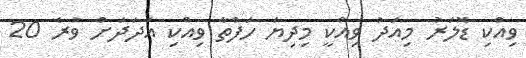
ވިއްކި ޑޮލަރު މިއަދު ވިއްކީ މިދިޔަ ހަފްތާ ވިއްކި އަދަދަށް ވުރެ 20